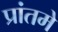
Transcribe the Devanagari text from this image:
प्रांतमे